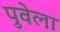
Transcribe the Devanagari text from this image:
पुवेला